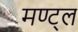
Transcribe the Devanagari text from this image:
मण्ट्ल